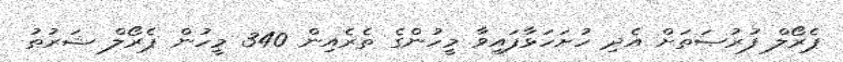
ޕެރޯލް ފުރުޞަތަށް އެދި ހުށަހަޅާފައިވާ މީހުންގެ ތެރެއިން 340 މީހުން ޕެރޯލް ޝަރުޠު